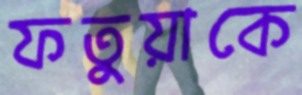
ফতুয়াকে